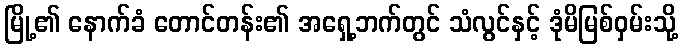
မြို့၏ နောက်ခံ တောင်တန်း၏ အရှေ့ဘက်တွင် သံလွင်နှင့် ဒုံမိမြစ်ဝှမ်းသို့